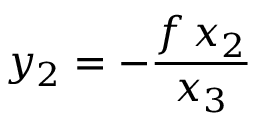
y _ { 2 } = - { \frac { f \, x _ { 2 } } { x _ { 3 } } }